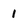
Character: l